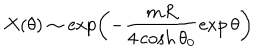
X ( \theta ) \sim \exp \left( - \frac { m R } { 4 \cosh \theta _ { 0 } } \exp \theta \right)